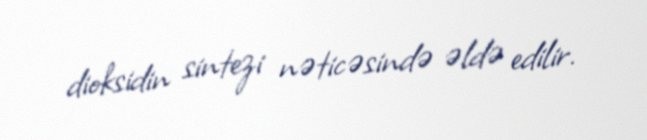
dioksidin sintezi nəticəsində əldə edilir.